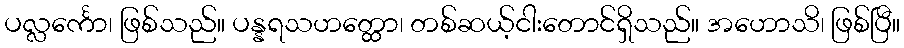
ပလ္လင်္ကော၊ ဖြစ်သည်။ ပန္နရသဟတ္ထော၊ တစ်ဆယ့်ငါးတောင်ရှိသည်။ အဟောသိ၊ ဖြစ်ပြီ။